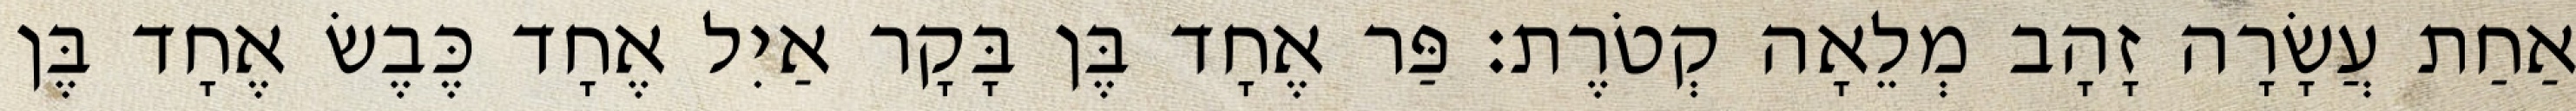
אַחַת עֲשָׂרָה זָהָב מְלֵאָה קְטֹרֶת׃ פַּר אֶחָד בֶּן בָּקָר אַיִל אֶחָד כֶּבֶשׂ אֶחָד בֶּן